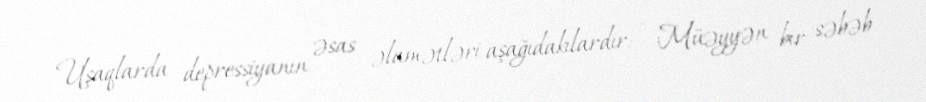
Uşaqlarda depressiyanın əsas əlamətləri aşağıdakılardır: - Müəyyən bir səbəb